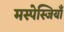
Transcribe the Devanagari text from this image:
मस्पेस्जियाँ